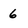
Character: 6